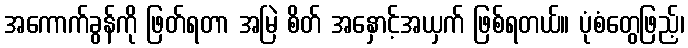
အကောက်ခွန်ကို ဖြတ်ရတာ အမြဲ စိတ် အနှောင့်အယှက် ဖြစ်ရတယ်။ ပုံစံတွေဖြည့်၊